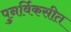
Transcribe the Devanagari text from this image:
पुनर्विकसीत